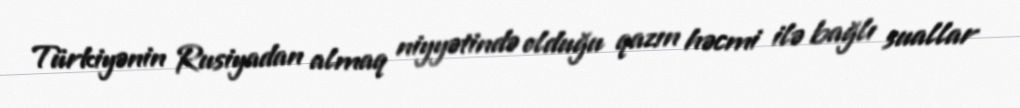
Türkiyənin Rusiyadan almaq niyyətində olduğu qazın həcmi ilə bağlı suallar